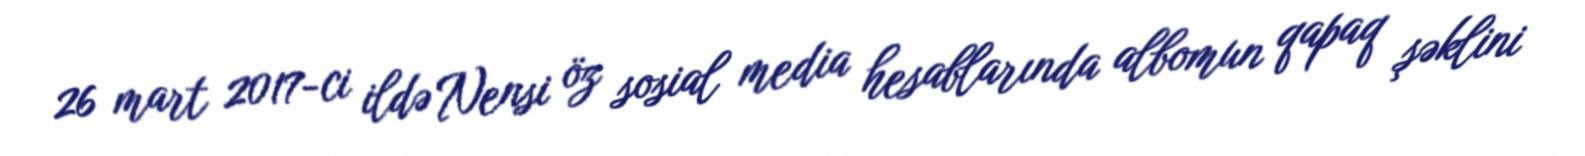
26 mart 2017-ci ildə Nensi öz sosial media hesablarında albomun qapaq şəklini